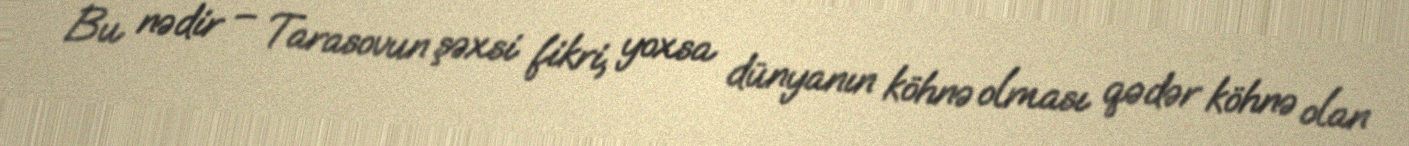
Bu nədir – Tarasovun şəxsi fikri, yoxsa dünyanın köhnə olması qədər köhnə olan